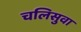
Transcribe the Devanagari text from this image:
चलिसुवा